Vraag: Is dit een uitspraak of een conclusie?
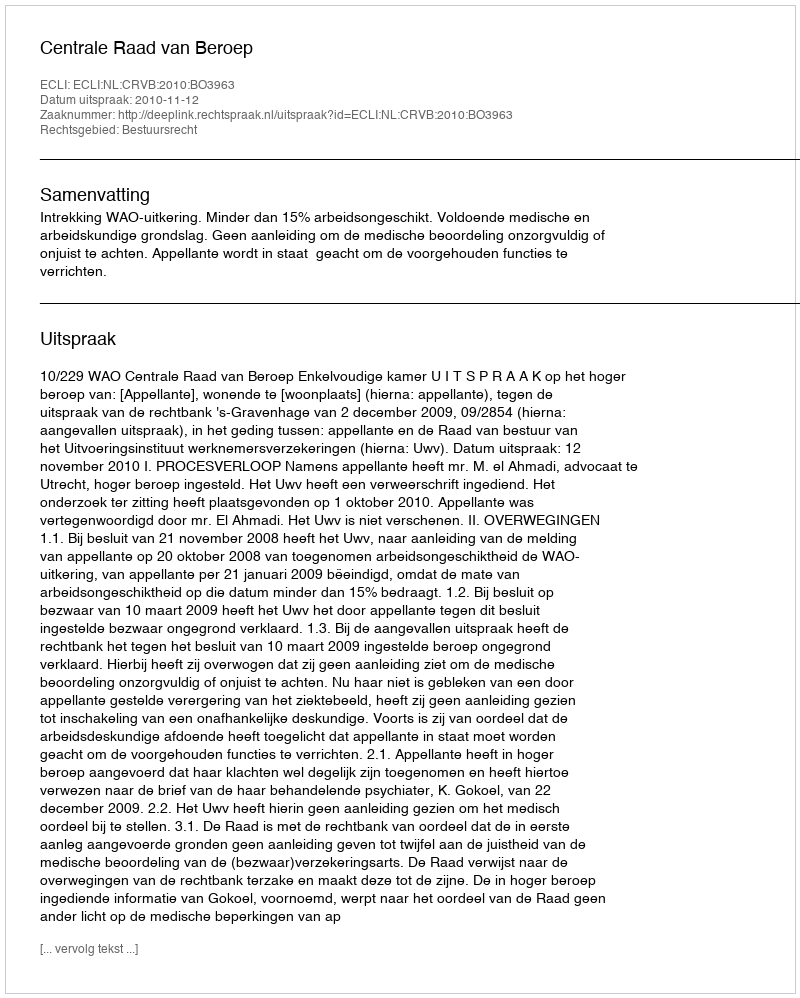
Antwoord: Uitspraak